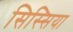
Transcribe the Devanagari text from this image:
सिस्सिया